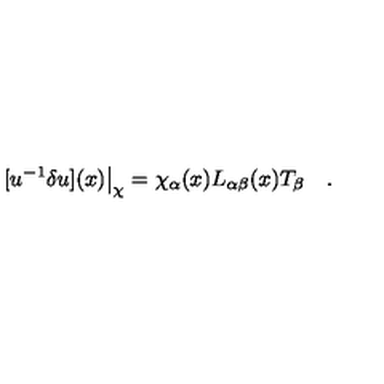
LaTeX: [ u ^ { - 1 } \delta u ] ( x ) \big | _ { \chi } = { \chi _ { \alpha } ( x ) } L _ { \alpha \beta } ( x ) T _ { \beta } \quad .